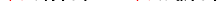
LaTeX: \smash{\v{v}_{\alpha}(t)\equiv\dot{\v{x}}_{\alpha}(t)}